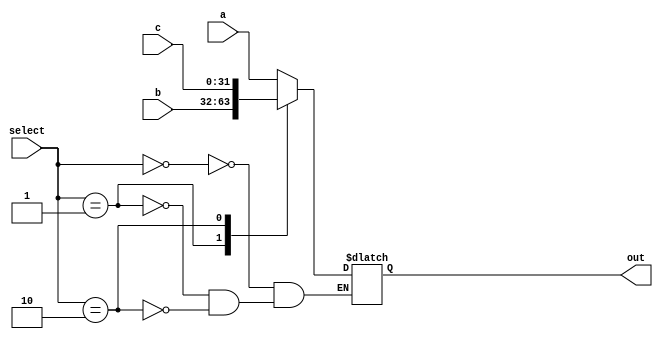
`timescale 1ns / 1ps
//////////////////////////////////////////////////////////////////////////////////
// Company: 
// Engineer: 
// 
// Design Name: 
// Module Name: Mux32Out
// Project Name: 
// Target Devices: 
// Tool Versions: 
// Description: 
// 
// Dependencies: 
// 
// Revision:
// Revision 0.01 - File Created
// Additional Comments:
// 
//////////////////////////////////////////////////////////////////////////////////


module Mux32Out(input[1:0] select,input [31:0] a,b,c,output reg [31:0] out

    );
    
    always@*
    begin
    
    case(select)
    2'b00: out = a;
    2'b01: out = b;
    2'b10: out = c;
    endcase
    end
    
endmodule